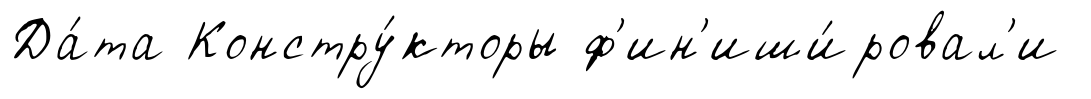
Да́та Констру́кторы ф'ин'иши́ровал'и